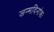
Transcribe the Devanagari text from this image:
जन्मदिनांकः